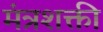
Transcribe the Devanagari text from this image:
मंत्रशक्ती